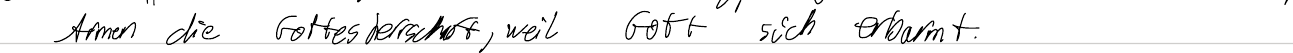
Armen die Gottesherrschaft, weil Gott sich erbarmt.